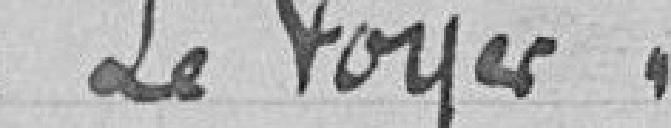
"Le Foyer".